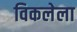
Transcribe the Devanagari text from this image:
विकलेला